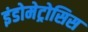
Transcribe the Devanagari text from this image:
इंडोमेट्रोसिस